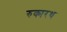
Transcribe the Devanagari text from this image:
रुक्मरथ